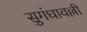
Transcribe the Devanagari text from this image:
सुगंधावल्ली